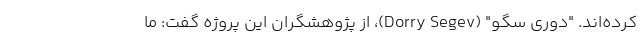
کرده‌اند. "دوری سگو" (Dorry Segev)، از پژوهشگران این پروژه گفت: ما